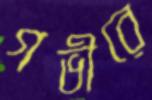
গভীরে